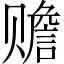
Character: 赡